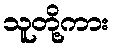
သူတို့ကား